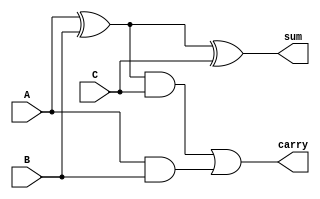
//-------------------------------------------------
//
// 1-Bit Full Adder
// Group SAMU Project Part 2
//
//-------------------------------------------------



//=============================================
//
// Full Adder
//
//=============================================
module FullAdder(A,B,C,carry,sum);
	input A;
	input B;
	input C;
	output carry;
	output sum;
	
	wire A;
	wire B;
	wire C;
	reg carry;
	reg sum;
//---------------------------------------------	
 
always@(*) 
  begin
	  sum= A^B^C;
	  carry= ((A^B)&C)|(A&B);  
  end
  
//---------------------------------------------
endmodule